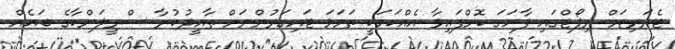
ޓެރަރިޒަމް ރިޕޯޓްގައި ފާހަގަ ކޮށްފައިވާ އެއްކަމަކީ ތަމަޅަ ޓައިގަރުންނަށް ތާއީދުކުރާ ސްރީލަންކާގެ ބައެއް